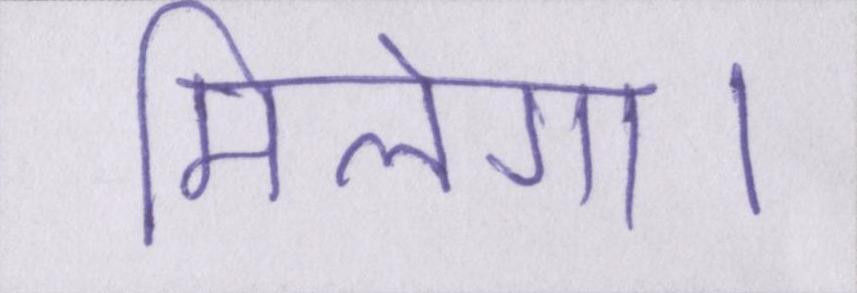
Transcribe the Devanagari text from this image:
मिलेगा।